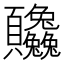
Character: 𬱒